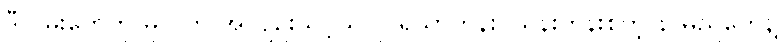
ဒီလမ်းတွေကို မူလက အလျဉ်းသင့်သလို ရသာတန်း၊ ယွန်းတန်းစတဲ့ နာမည်တွေနဲ့